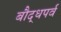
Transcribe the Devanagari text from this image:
बौद्धपर्व